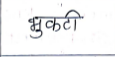
मजकूर: भुकटी